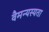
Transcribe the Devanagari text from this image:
वैमन्यस्यता